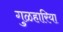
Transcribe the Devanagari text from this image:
गुळहारिया